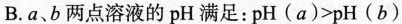
B.a、b两点溶液的pH满足：$$p H ( a ) > p H ( b )$$